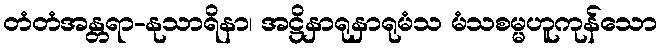
တံတံအန္တရာ-နုသာရိနာ၊ အဋ္ဌိနှာရုနှာရုမံသ မံသစမ္မဟူကုန်သော